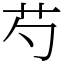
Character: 芍